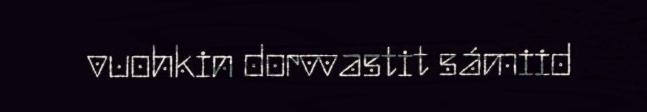
vuohkin dorvvastit sámiid